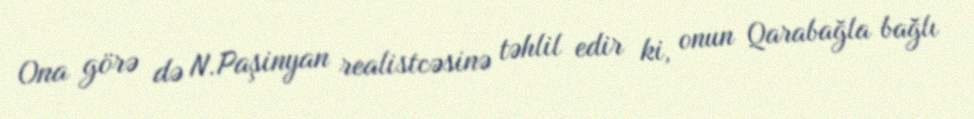
Ona görə də N.Paşinyan realistcəsinə təhlil edir ki, onun Qarabağla bağlı